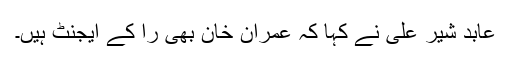
عابد شیر علی نے کہا کہ عمران خان بھی را کے ایجنٹ ہیں۔